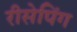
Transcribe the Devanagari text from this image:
रीसेपिंग